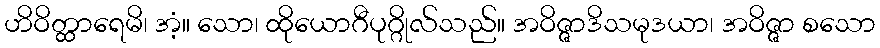
ဟိဝိတ္ထာရေမိ၊ အံ့။ သော၊ ထိုယောဂီပုဂ္ဂိုလ်သည်။ အဝိဇ္ဇာဒိသမုဒယာ၊ အဝိဇ္ဇာ စသော